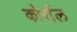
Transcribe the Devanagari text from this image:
कोर्राल